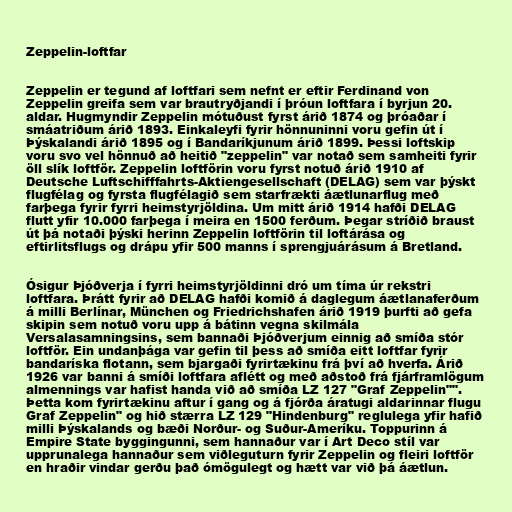
Zeppelin-loftfar

Zeppelin er tegund af loftfari sem nefnt er eftir Ferdinand von
Zeppelin greifa sem var brautryðjandi í þróun loftfara í byrjun 20.
aldar. Hugmyndir Zeppelin mótuðust fyrst árið 1874 og þróaðar í
smáatriðum árið 1893. Einkaleyfi fyrir hönnuninni voru gefin út í
Þýskalandi árið 1895 og í Bandaríkjunum árið 1899. Þessi loftskip
voru svo vel hönnuð að heitið "zeppelin" var notað sem samheiti fyrir
öll slík loftför. Zeppelin loftförin voru fyrst notuð árið 1910 af
Deutsche Luftschifffahrts-Aktiengesellschaft (DELAG) sem var þýskt
flugfélag og fyrsta flugfélagið sem starfrækti áætlunarflug með
farþega fyrir fyrri heimstyrjöldina. Um mitt árið 1914 hafði DELAG
flutt yfir 10.000 farþega í meira en 1500 ferðum. Þegar stríðið braust
út þá notaði þýski herinn Zeppelin loftförin til loftárása og
eftirlitsflugs og drápu yfir 500 manns í sprengjuárásum á Bretland.

Ósigur Þjóðverja í fyrri heimstyrjöldinni dró um tíma úr rekstri
loftfara. Þrátt fyrir að DELAG hafði komið á daglegum áætlanaferðum
á milli Berlínar, München og Friedrichshafen árið 1919 þurfti að gefa
skipin sem notuð voru upp á bátinn vegna skilmála
Versalasamningsins, sem bannaði Þjóðverjum einnig að smíða stór
loftför. Ein undanþága var gefin til þess að smíða eitt loftfar fyrir
bandaríska flotann, sem bjargaði fyrirtækinu frá því að hverfa. Árið
1926 var banni á smíði loftfara aflétt og með aðstoð frá fjárframlögum
almennings var hafist handa við að smíða LZ 127 "Graf Zeppelin"".
Þetta kom fyrirtækinu aftur í gang og á fjórða áratugi aldarinnar flugu
Graf Zeppelin" og hið stærra LZ 129 "Hindenburg" reglulega yfir hafið
milli Þýskalands og bæði Norður- og Suður-Ameríku. Toppurinn á
Empire State byggingunni, sem hannaður var í Art Deco stíl var
upprunalega hannaður sem viðleguturn fyrir Zeppelin og fleiri loftför
en hraðir vindar gerðu það ómögulegt og hætt var við þá áætlun.